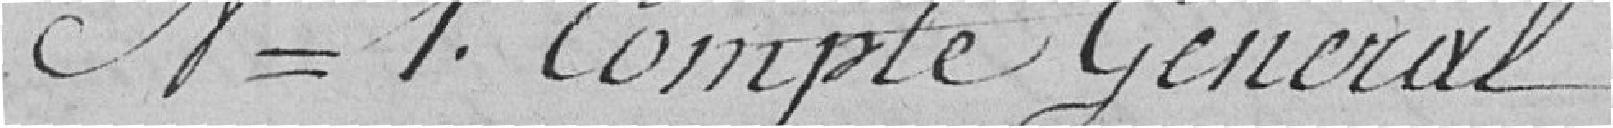
N°1. Compte Général